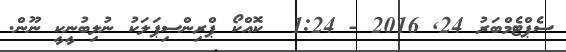
ސެޕްޓެމްބަރު 24